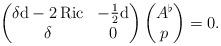
LaTeX: \begin{align*}\begin{pmatrix}\delta\mathrm{d}-2\,\mathrm{Ric}&-\frac12\mathrm{d}\\\delta&0\end{pmatrix}\begin{pmatrix}A^\flat\\p\end{pmatrix}=0.\end{align*}